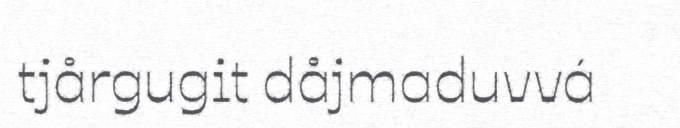
tjårgugit dåjmaduvvá